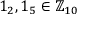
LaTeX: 1 _ { 2 } , 1 _ { 5 } \in \mathbb { Z } _ { 1 0 }